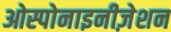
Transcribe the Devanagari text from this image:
ओस्पोनाइनीज़ेशन